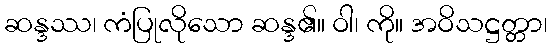
ဆန္ဒဿ၊ ကံပြုလိုသော ဆန္ဒ၏။ ဝါ၊ ကို။ အဝိသဋ္ဌတ္တာ၊